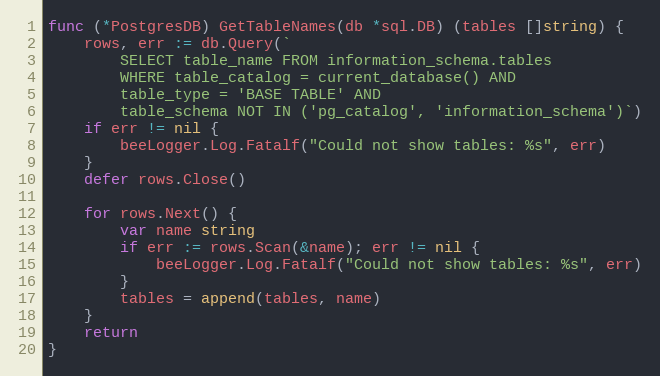
Language: Go
func (*PostgresDB) GetTableNames(db *sql.DB) (tables []string) {
	rows, err := db.Query(`
		SELECT table_name FROM information_schema.tables
		WHERE table_catalog = current_database() AND
		table_type = 'BASE TABLE' AND
		table_schema NOT IN ('pg_catalog', 'information_schema')`)
	if err != nil {
		beeLogger.Log.Fatalf("Could not show tables: %s", err)
	}
	defer rows.Close()

	for rows.Next() {
		var name string
		if err := rows.Scan(&name); err != nil {
			beeLogger.Log.Fatalf("Could not show tables: %s", err)
		}
		tables = append(tables, name)
	}
	return
}